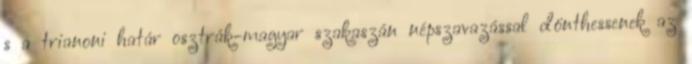
s a trianoni határ osztrák-magyar szakaszán népszavazással dönthessenek az